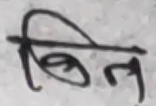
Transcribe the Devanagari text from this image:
बिल